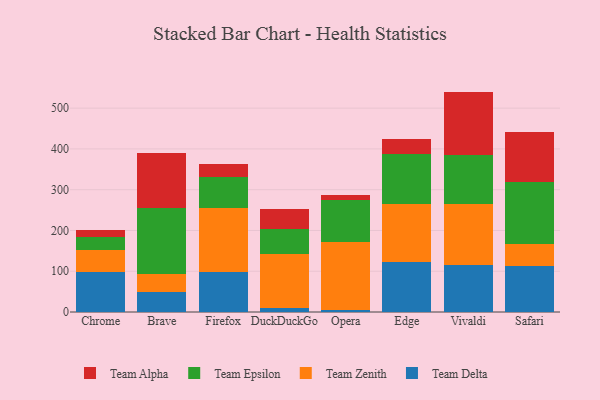
{"axis": {"x": "Browser", "y": "Page Views"}, "legend": ["Team Alpha", "Team Delta", "Team Epsilon", "Team Zenith"], "data": [{"x": "Chrome", "y": 97.1, "type": "Team Delta"}, {"x": "Chrome", "y": 55.5, "type": "Team Zenith"}, {"x": "Chrome", "y": 31.2, "type": "Team Epsilon"}, {"x": "Chrome", "y": 16.5, "type": "Team Alpha"}, {"x": "Brave", "y": 48.2, "type": "Team Delta"}, {"x": "Brave", "y": 46.0, "type": "Team Zenith"}, {"x": "Brave", "y": 159.9, "type": "Team Epsilon"}, {"x": "Brave", "y": 136.6, "type": "Team Alpha"}, {"x": "Firefox", "y": 97.8, "type": "Team Delta"}, {"x": "Firefox", "y": 157.6, "type": "Team Zenith"}, {"x": "Firefox", "y": 75.9, "type": "Team Epsilon"}, {"x": "Firefox", "y": 31.0, "type": "Team Alpha"}, {"x": "DuckDuckGo", "y": 10.4, "type": "Team Delta"}, {"x": "DuckDuckGo", "y": 132.2, "type": "Team Zenith"}, {"x": "DuckDuckGo", "y": 61.5, "type": "Team Epsilon"}, {"x": "DuckDuckGo", "y": 49.5, "type": "Team Alpha"}, {"x": "Opera", "y": 5.6, "type": "Team Delta"}, {"x": "Opera", "y": 166.7, "type": "Team Zenith"}, {"x": "Opera", "y": 101.6, "type": "Team Epsilon"}, {"x": "Opera", "y": 12.4, "type": "Team Alpha"}, {"x": "Edge", "y": 123.4, "type": "Team Delta"}, {"x": "Edge", "y": 142.0, "type": "Team Zenith"}, {"x": "Edge", "y": 121.9, "type": "Team Epsilon"}, {"x": "Edge", "y": 36.4, "type": "Team Alpha"}, {"x": "Vivaldi", "y": 115.7, "type": "Team Delta"}, {"x": "Vivaldi", "y": 150.1, "type": "Team Zenith"}, {"x": "Vivaldi", "y": 118.9, "type": "Team Epsilon"}, {"x": "Vivaldi", "y": 155.9, "type": "Team Alpha"}, {"x": "Safari", "y": 112.5, "type": "Team Delta"}, {"x": "Safari", "y": 54.6, "type": "Team Zenith"}, {"x": "Safari", "y": 151.8, "type": "Team Epsilon"}, {"x": "Safari", "y": 122.9, "type": "Team Alpha"}]}